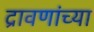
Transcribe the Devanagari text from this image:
द्रावणांच्या